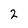
Character: 2